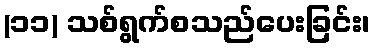
(၁၁) သစ်ရွက်စသည်ပေးခြင်း၊